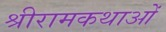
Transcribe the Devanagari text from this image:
श्रीरामकथाओं